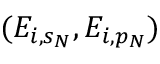
( E _ { i , s _ { N } } , E _ { i , p _ { N } } )